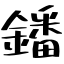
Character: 鐇